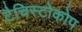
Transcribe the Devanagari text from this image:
टैचिस्टोकोप